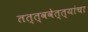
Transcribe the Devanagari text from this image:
तत्त्ववेत्त्यांचा